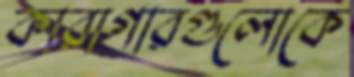
কারাগারগুলোকে